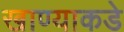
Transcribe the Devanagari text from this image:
खाण्याकडे